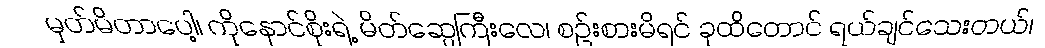
မှတ်မိတာပေါ့၊ ကိုနောင်စိုးရဲ့ မိတ်ဆွေကြီးလေ၊ စဉ်းစားမိရင် ခုထိတောင် ရယ်ချင်သေးတယ်၊